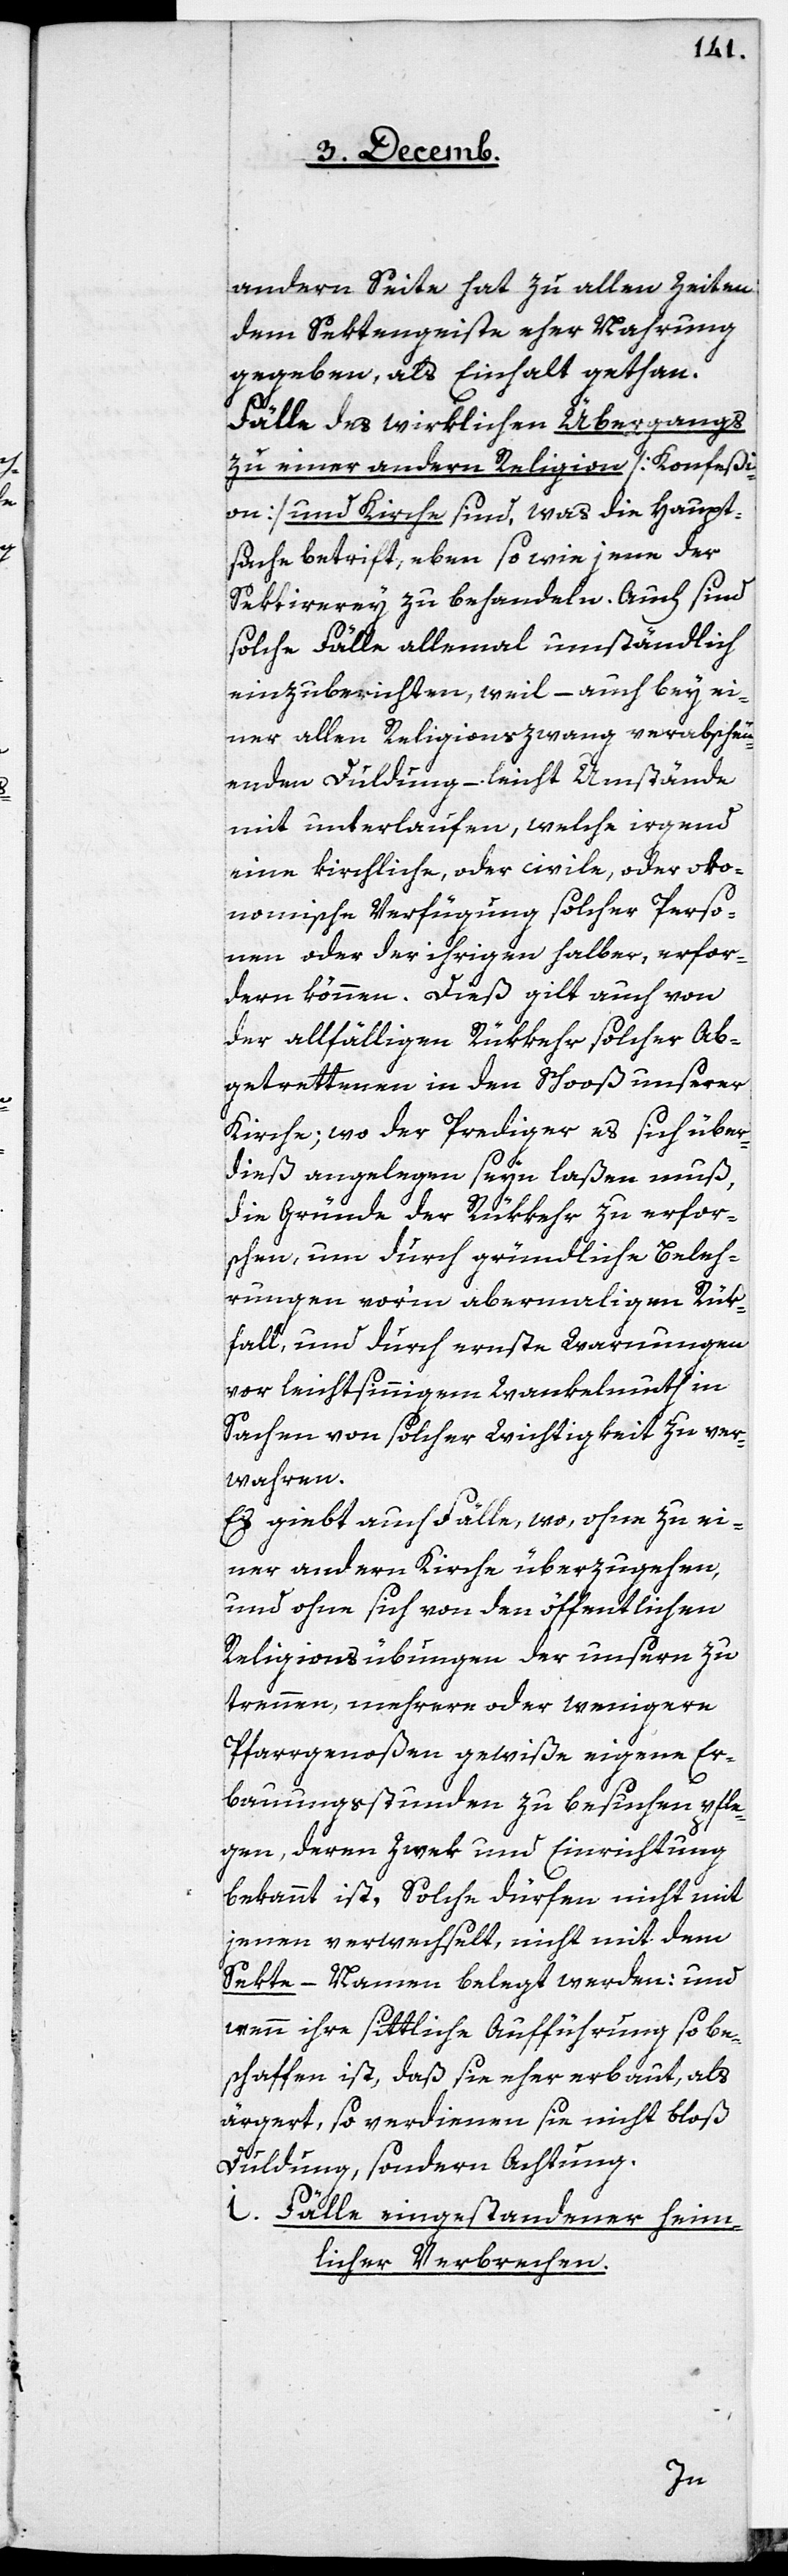
andern Seite hat zu allen Zeiten
dem Sektengeiste eher Nahrung
gegeben, als Einhalt gethan.
Fälle des wirklichen Übergangs
zu einer andern Religion [Konfeßi¬
on] und Kirche sind, was die Haupt¬
sache betrifft, eben so wie jene der
Sektirerey zu behandeln. Auch sind
solche Fälle allemal umständlich
einzuberichten, weil – auch bey ei¬
ner allen Religionszwang verabscheu¬
enden Duldung – leicht Umstände
mit unterlaufen, welche irgend
eine kirchliche, oder civile, oder okono¬
mische [sic!] Verfügung solcher Perso¬
nen oder der ihrigen halber, erfor¬
dern können. Dieß gilt auch von
der allfälligen Rükkehr solcher Ab¬
getrettenen in den Schooß unserer
Kirche; wo der Prediger es sich über¬
dieß angelegen seyn laßen muß,
die Gründe der Rükkehr zu erfor¬
schen, um durch gründliche Beleh¬
rungen vor‘m abermaligen Rük¬
fall, und durch ernste Warnungen
vor leichtsinnigem Wankelmuth in
Sachen von solcher Wichtigkeit zu ver¬
wahren.
Es giebt auch Fälle, wo, ohne zu ei¬
ner andern Kirche überzugehen,
und ohne sich von den öffentlichen
Religionsübungen der unsern zu
trennen, mehrere oder wenigere
Pfarrgenoßen gewiße eigene Er¬
bauungsstunden zu besuchen pfle¬
gen, deren Zwek und Einrichtung
bekannt ist, Solche dürfen nicht mit
jenen verwechselt, nicht mit dem
Sekte-Namen belegt werden: und
wenn ihre sittliche Aufführung so be¬
schaffen ist, daß sie eher erbaut, als
ärgert, so verdienen sie nicht bloß
Duldung, sondern Achtung.
i. Fälle eingestandener heim¬
licher Verbrechen.